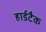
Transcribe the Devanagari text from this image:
हार्डटैक